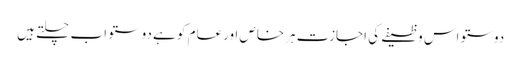
دوستو اس وظیفے کی اجازت ہرخاص اورعام کو ہے دوستو اب چلتے ہیں